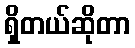
ရှိတယ်ဆိုတာ